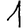
Digit: 1